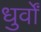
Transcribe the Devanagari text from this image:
धुर्वों